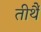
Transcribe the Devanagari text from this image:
तीर्थै